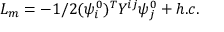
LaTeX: \, \, { \cal { L } } _ { m } = - 1 / 2 ( \psi _ { i } ^ { 0 } ) ^ { T } Y ^ { i j } \psi _ { j } ^ { 0 } + h . c .